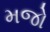
મજો